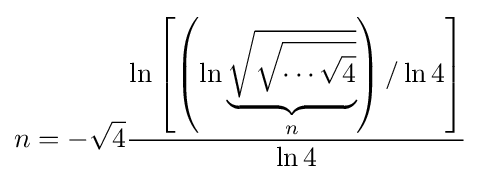
n=-{\sqrt {4}}{\frac {\ln \left[\left(\ln \underbrace {\sqrt {\sqrt {\cdots {\sqrt {4}}}}} _{n}\right)/\ln 4\right]}{\ln {4}}}